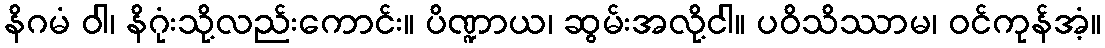
နိဂမံ ဝါ၊ နိဂုံးသို့လည်းကောင်း။ ပိဏ္ဍာယ၊ ဆွမ်းအလို့ငါ။ ပဝိသိဿာမ၊ ဝင်ကုန်အံ့။